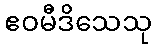
ဧဝမီဒိသေသု